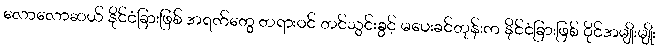
လောလောဆယ် နိုင်ငံခြားဖြစ် အရက်တွေ တရားဝင် တင်သွင်းခွင့် မပေးခင်တုန်းက နိုင်ငံခြားဖြစ် ဝိုင်အမျိုးမျိုး